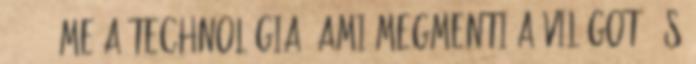
16:20 Íme a technológia, ami megmenti a világot, és